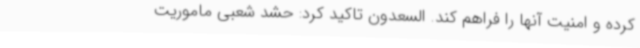
کرده و امنیت آنها را فراهم کند. السعدون تاکید کرد: حشد شعبی ماموریت